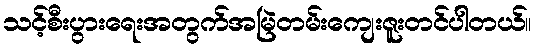
သင့်စီးပွားရေးအတွက်အမြဲတမ်းကျေးဇူးတင်ပါတယ်။